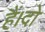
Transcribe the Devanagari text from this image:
हैं।दो